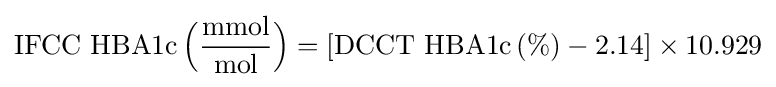
\mathrm {IFCC\ HBA1c} \,{\Big (}{\frac {\text{mmol}}{\text{mol}}}{\Big )}=[\mathrm {DCCT\ HBA1c} \,(\%)-2.14]\times 10.929